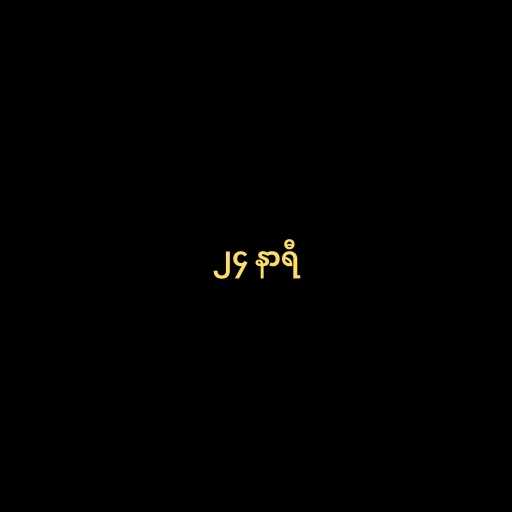
၂၄ နာရီ